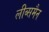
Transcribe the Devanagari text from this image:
लीब्समैन